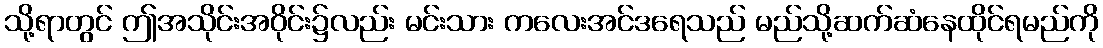
သို့ရာတွင် ဤအသိုင်းအဝိုင်း၌လည်း မင်းသား ကလေးအင်ဒရေသည် မည်သို့ဆက်ဆံနေထိုင်ရမည်ကို